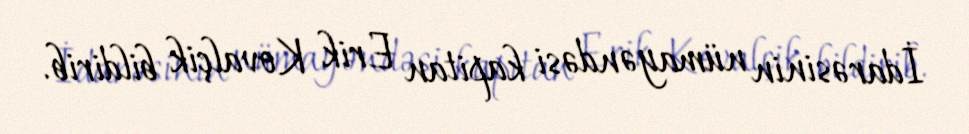
İdarəsinin nümayəndəsi kapitan Erik Kovalçik bildirib.